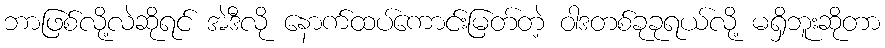
ဘာဖြစ်လို့လဲဆိုရင် အဲဒီလို နောက်ထပ်ကောင်းမြတ်တဲ့ ဝါဒတစ်ခုခုရယ်လို့ မရှိဘူးဆိုတာ